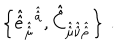
\left\{ \hat { \hat { e } } _ { \hat { \hat { \mu } } } { } ^ { \hat { \hat { a } } } , \hat { \hat { C } } _ { \hat { \hat { \mu } } \hat { \hat { \nu } } \hat { \hat { \rho } } } \right\} \, .